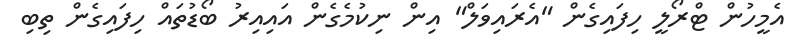
އެމީހުން ޓްރޯލީ ހިފައިގެން "އެރައިވަލް" އިން ނިކުމެގެން އައިއިރު ބޯޑުތައް ހިފައިގެން ތިބި